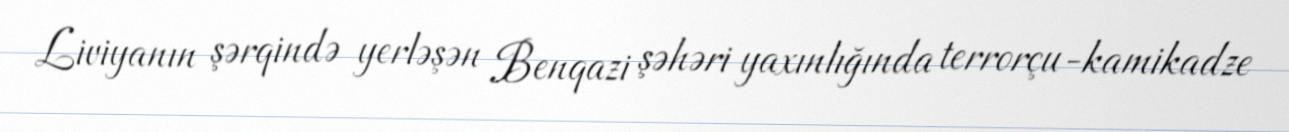
Liviyanın şərqində yerləşən Benqazi şəhəri yaxınlığında terrorçu-kamikadze